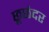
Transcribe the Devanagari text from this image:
छूछंदर